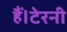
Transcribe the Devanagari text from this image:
हैं।टेरनी